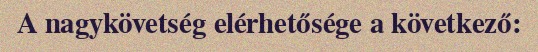
A nagykövetség elérhetősége a következő: